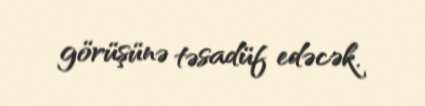
görüşünə təsadüf edəcək.